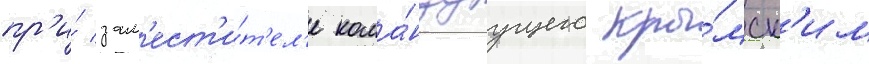
пр'и́ зам'ест'и́т'ел'е кома́ндуущего кры́мск'им